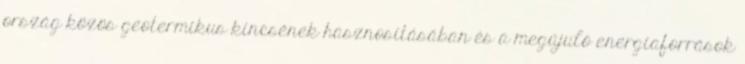
ország közös geotermikus kincsének hasznosításában és a megújuló energiaforrások